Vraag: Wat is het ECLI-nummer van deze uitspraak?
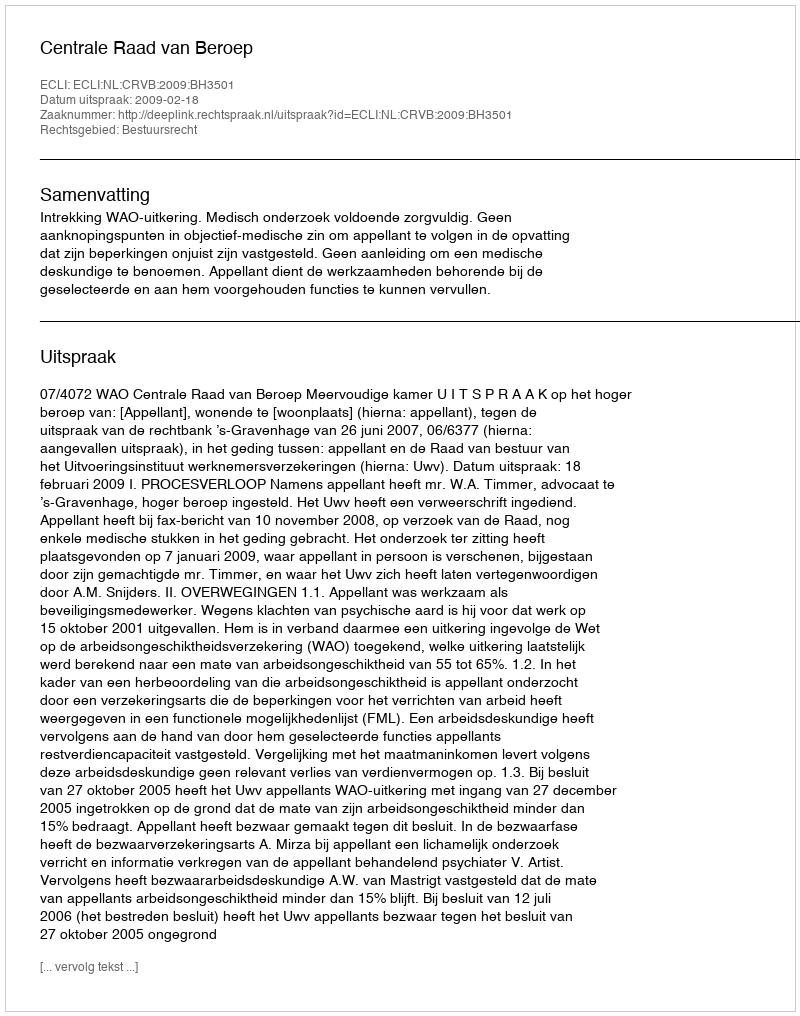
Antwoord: ECLI:NL:CRVB:2009:BH3501